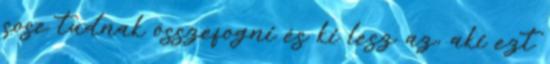
sose tudnak összefogni és ki lesz az, aki ezt